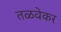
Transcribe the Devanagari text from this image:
तळवेकर